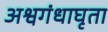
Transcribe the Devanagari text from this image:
अश्वगंधाघृता